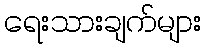
ရေးသားချက်များ